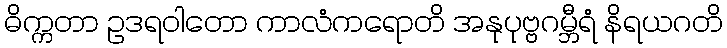
ဓိက္ကတာ ဥဒရဝါတော ကာလံကရောတိ အနုပုဗ္ဗဂမ္ဘီရံ နိရယဂတိ